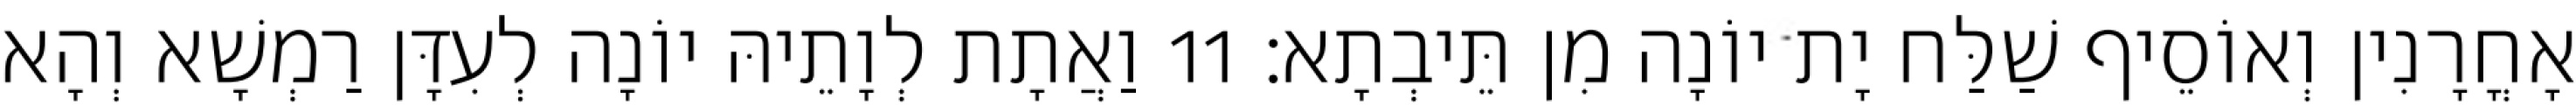
אָחֳרָנִין וְאוֹסֵיף שַׁלַּח יָת יוֹנָה מִן תֵּיבְתָא׃ 11 וַאֲתָת לְוָתֵיהּ יוֹנָה לְעִדָּן רַמְשָׁא וְהָא